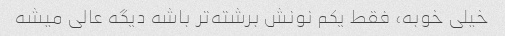
خیلی خوبه، فقط یکم نونش برشته‌تر باشه دیگه عالی میشه